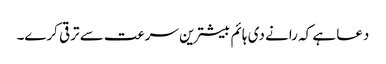
دعا ہے کہ رانے دی ہائم بیشترین سرعت سے ترقی کرے۔